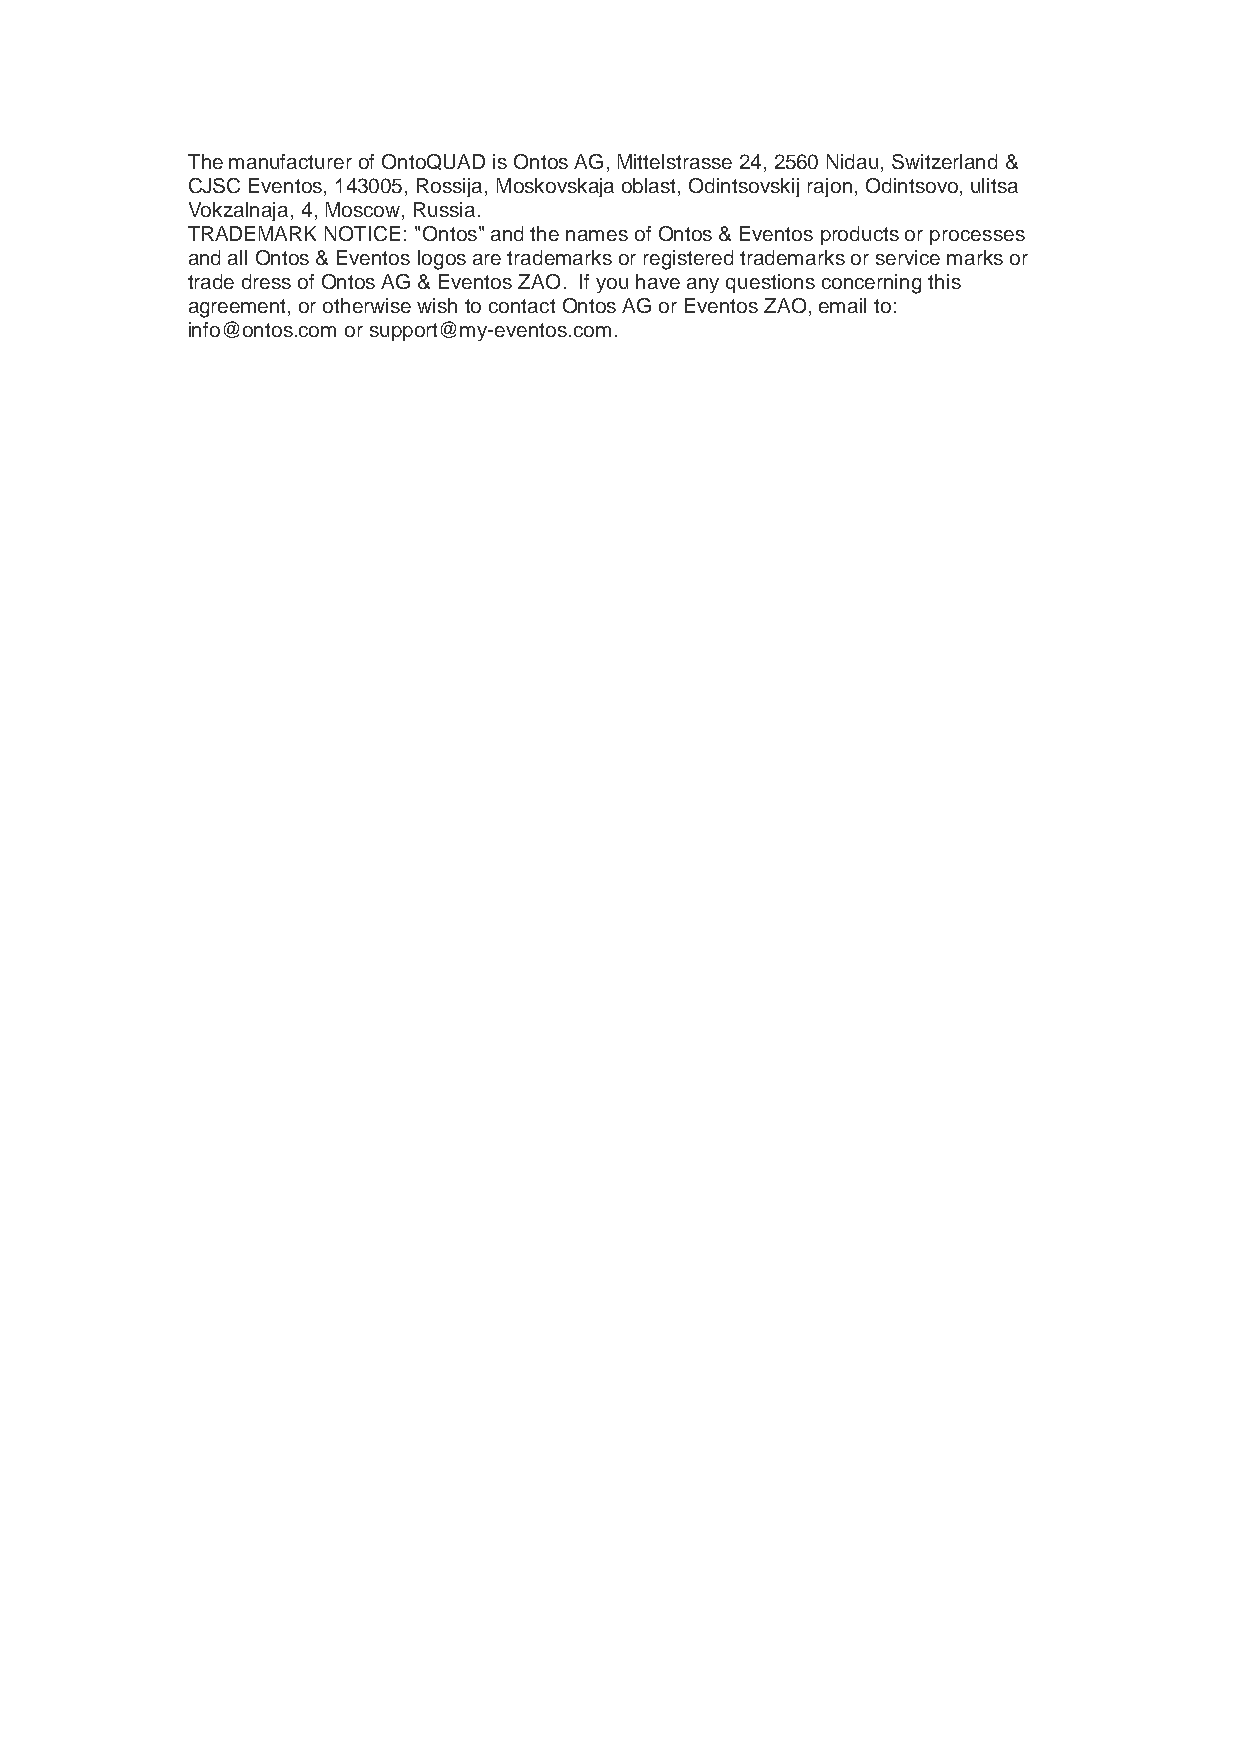
The manufacturer of OntoQUAD is Ontos AG, Mittelstrasse 24, 2560 Nidau, Switzerland &
 CJSC Eventos, 143005, Rossija, Moskovskaja oblast, Odintsovskij rajon, Odintsovo, ulitsa
 Vokzalnaja, 4, Moscow, Russia.
 TRADEMARK NOTICE: "Ontos" and the names of Ontos & Eventos products or processes
 and all Ontos & Eventos logos are trademarks or registered trademarks or service marks or
 trade dress of Ontos AG & Eventos ZAO. If you have any questions concerning this
 agreement, or otherwise wish to contact Ontos AG or Eventos ZAO, email to:
 info@ontos.com or support@my-eventos.com.